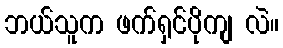
ဘယ်သူက ဖက်ရှင်ပိုကျ လဲ။